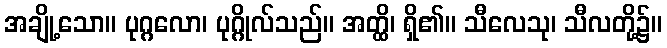
အချို့သော။ ပုဂ္ဂလော၊ ပုဂ္ဂိုလ်သည်။ အတ္ထိ၊ ရှိ၏။ သီလေသု၊ သီလတို့၌။